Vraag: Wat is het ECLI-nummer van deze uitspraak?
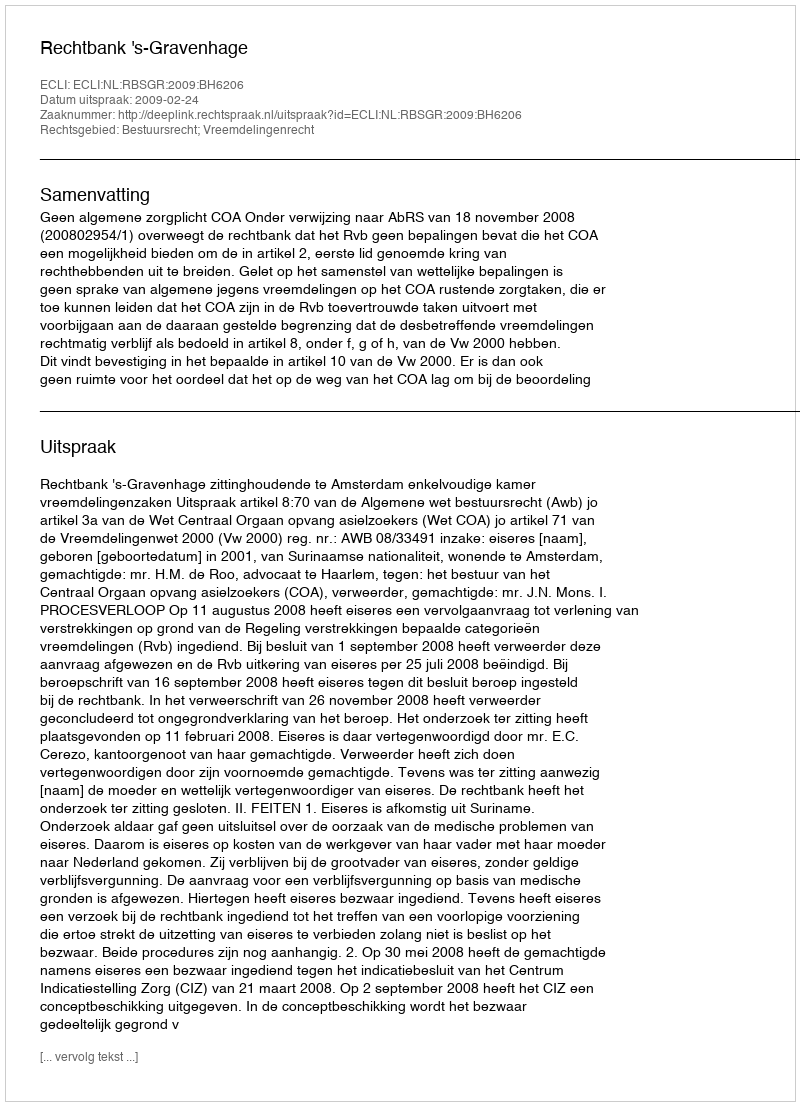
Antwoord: ECLI:NL:RBSGR:2009:BH6206